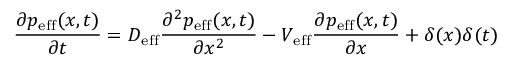
\frac { \partial p _ { \mathrm { e f f } } ( x , t ) } { \partial t } = D _ { \mathrm { e f f } } \frac { \partial ^ { 2 } p _ { \mathrm { e f f } } ( x , t ) } { \partial x ^ { 2 } } - V _ { \mathrm { e f f } } \frac { \partial p _ { \mathrm { e f f } } ( x , t ) } { \partial x } + \delta ( x ) \delta ( t )